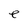
Character: e